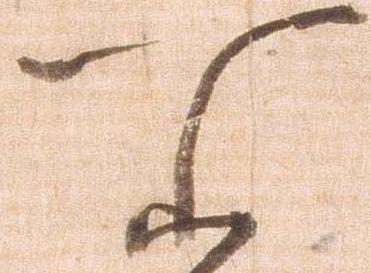
所